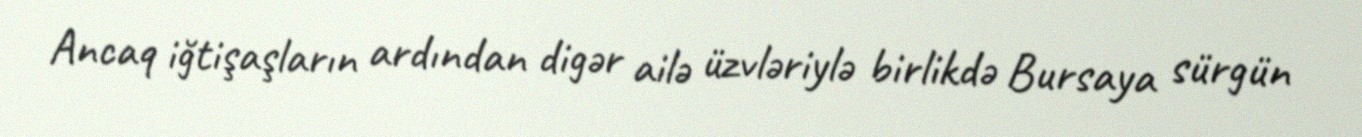
Ancaq iğtişaşların ardından digər ailə üzvləriylə birlikdə Bursaya sürgün